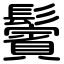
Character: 鬢